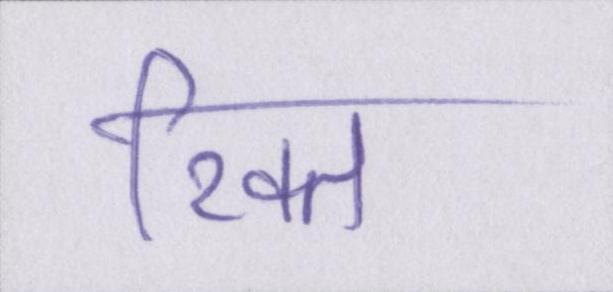
रिक्त